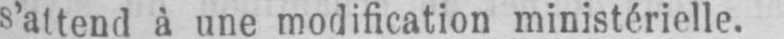
s’attend à une modification ministérielle.